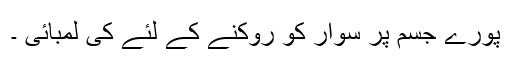
پورے جسم پر سوار کو روکنے کے لئے کی لمبائی ۔